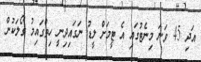
އަދި 45 ވަނަ މިނެޓުގައި އެ ޓީމަށް ލީޑު ނަގައިދިނީ ހިތްގައިމު ގޯލަކުން